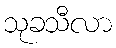
သုခသီလာ